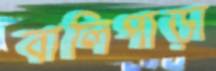
বালিপাড়া